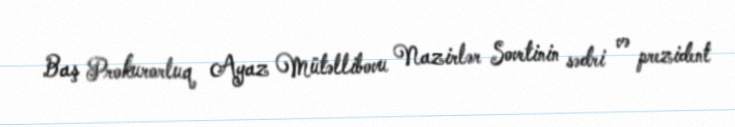
Baş Prokurorluq Ayaz Mütəllibovu Nazirlər Sovetinin sədri və prezident